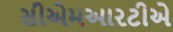
સીએમઆરટીએ